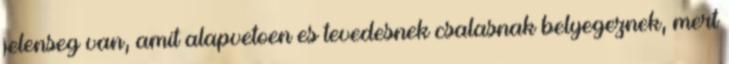
jelenseg van, amit alapvetoen es tevedesnek csalasnak belyegeznek, mert